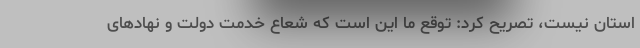
استان نیست، تصریح کرد: توقع ما این است که شعاع خدمت دولت و نهادهای